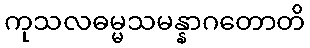
ကုသလဓမ္မသမန္နာဂတောတိ